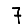
Digit: 7